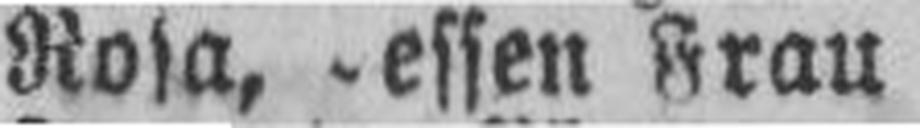
Rosa, -essen Frau